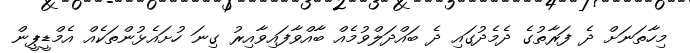
މިހާތަނަށް ދެ ފަރާތުގެ ދެމެދުގައި ދެ ބައްދަލްވުމެއް ބާއްވާފައިވާއިރު ގިނަ ހުށައެޅުންތަކެއް އެމްޑީޕީން